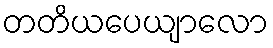
တတိယပေယျာလော